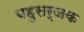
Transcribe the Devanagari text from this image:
बहुसर्जक